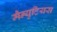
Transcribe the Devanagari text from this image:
मैन्युटियस